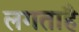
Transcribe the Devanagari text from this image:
लगताहै